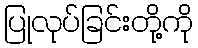
ပြုလုပ်ခြင်းတို့ကို